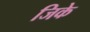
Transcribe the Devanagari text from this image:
जिके